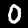
Digit: 0